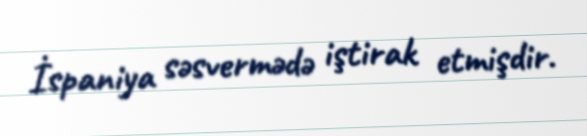
İspaniya səsvermədə iştirak etmişdir.